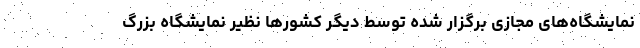
نمایشگاه‌های مجازی برگزار شده توسط دیگر کشورها نظیر نمایشگاه بزرگ